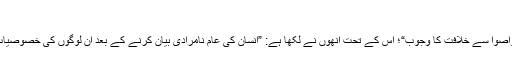
“ (ص 60)
سورۂ عصر کی تفسیر میں مولانا حمید الدین فراہی ایک عنوان قائم کرتے ہیں: ”لفظ وتواصوا سے خلافت کا وجوب“؛ اس کے تحت انھوں نے لکھا ہے: ”انسان کی عام نامرادی بیان کرنے کے بعد ان لوگوں کی خصوصیات بیان کیں جو اس حیات چند روزہ کے بدلے ابدی مسرت و کامیابی حاصل کرتے ہیں۔